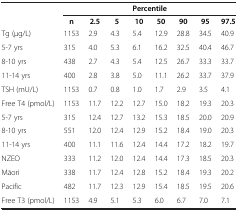
<table><thead><tr><td><b> </b></td><td colspan="8"><b>Percentile</b></td></tr><tr><td><b> </b></td><td><b>n</b></td><td><b>2.5</b></td><td><b>5</b></td><td><b>10</b></td><td><b>50</b></td><td><b>90</b></td><td><b>95</b></td><td><b>97.5</b></td></tr></thead><tbody><tr><td>Tg (μg/L)</td><td>1153</td><td>2.9</td><td>4.3</td><td>5.4</td><td>12.9</td><td>28.8</td><td>34.5</td><td>40.9</td></tr><tr><td>5-7 yrs</td><td>315</td><td>4.0</td><td>5.3</td><td>6.1</td><td>16.2</td><td>32.5</td><td>40.4</td><td>46.7</td></tr><tr><td>8-10 yrs</td><td>438</td><td>2.7</td><td>4.3</td><td>5.4</td><td>12.5</td><td>26.7</td><td>33.3</td><td>33.7</td></tr><tr><td>11-14 yrs</td><td>400</td><td>2.8</td><td>3.8</td><td>5.0</td><td>11.1</td><td>26.2</td><td>33.7</td><td>37.9</td></tr><tr><td>TSH (mU/L)</td><td>1153</td><td>0.7</td><td>0.8</td><td>1.0</td><td>1.7</td><td>2.9</td><td>3.5</td><td>4.1</td></tr><tr><td>Free T4 (pmol/L)</td><td>1153</td><td>11.7</td><td>12.2</td><td>12.7</td><td>15.0</td><td>18.2</td><td>19.3</td><td>20.3</td></tr><tr><td>5-7 yrs</td><td>315</td><td>12.4</td><td>12.7</td><td>13.2</td><td>15.3</td><td>18.5</td><td>20.0</td><td>20.9</td></tr><tr><td>8-10 yrs</td><td>551</td><td>12.0</td><td>12.4</td><td>12.9</td><td>15.2</td><td>18.4</td><td>19.0</td><td>20.3</td></tr><tr><td>11-14 yrs</td><td>400</td><td>11.1</td><td>11.6</td><td>12.4</td><td>14.4</td><td>17.2</td><td>18.2</td><td>19.7</td></tr><tr><td>NZEO</td><td>333</td><td>11.2</td><td>12.0</td><td>12.4</td><td>14.4</td><td>17.3</td><td>18.5</td><td>20.3</td></tr><tr><td>Māori</td><td>338</td><td>11.7</td><td>12.4</td><td>12.8</td><td>15.2</td><td>18.4</td><td>19.3</td><td>20.2</td></tr><tr><td>Pacific</td><td>482</td><td>11.7</td><td>12.3</td><td>12.9</td><td>15.4</td><td>18.5</td><td>19.5</td><td>20.6</td></tr><tr><td>Free T3 (pmol/L)</td><td>1153</td><td>4.9</td><td>5.1</td><td>5.3</td><td>6.0</td><td>6.7</td><td>7.0</td><td>7.1</td></tr></tbody></table>